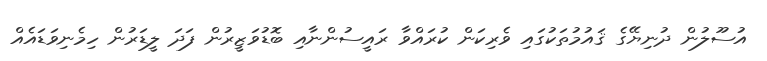
އުސޫލުން ދުނިޔޭގެ ޤައުމުތަކުގައި ވެރިކަން ކުރައްވާ ރައީސުންނާއި ބޮޑުވަޒީރުން ފަދަ ލީޑަރުން ހިމެނިވަޑައެއް